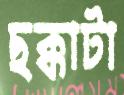
ছক্কাটা